Medical and sanitary report of the native army of Madras for the year
Year: 1878
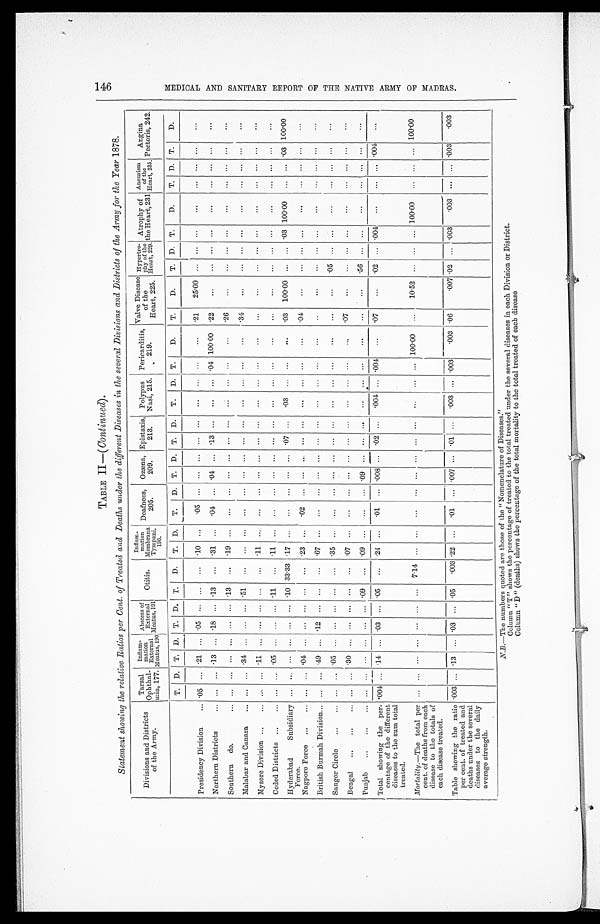
TABLE II —( Continued) .
Statement showing the relative Ratios per Cent. of Treated and Deaths under the different Diseases in the several Divisions and Districts of the Army for the Year 1878.
Divisions and Districts
of the Army.
Tarsal
Ophthal-
mia, 177.
I n f l a m - m a t i o n
External
Meatus, 190
Abscess of
E x t e r n a l
M e a t u s , 1 9 1
Otitis.
Inflam-
Mation
Membrana
Tympani,
196.
Deafness,
205.
Ozæna,
209.
Epistaxis,
213.
Polypus
Nasi, 215.
Pericarditis,
219.
Valve Disease
of the
Heart, 225.
Hypertro-
phy of the
Heart, 229.
Atrophy of
the Heart, 231
Aneurism
of the
Heart, 235.
A n g i n a
Pectoris, 242.
Presidency Division . . .
T.
D.
T.
D.
T.
D.
T.
D.
T.
D.
T.
D.
T.
D.
T.
D.
T.
D.
T.
D
T.
D.
T.
D.
T.
D.
T.
D.
T.
D.
.05
. . . .21
. . .
.05
. . .
. . .
. . .
.10
. . .
.05
. . .
. . .
. . .
. . .
. . .
. . .
. . .
. . .
. . .
.21
25.00 . . .
. . .
. . .
. . .
. . .
. . .
. . .
. . .
Northern Districts . . .
. . .
. . . .13
. . . .18
. . .
.13
. . .
.31
. . .
.04
. . . .04
. . . .13
. . .
. . .
. . .
.04 100.00
.22
. . .
. . .
. . .
. . .
. . .
. . .
. . .
. . .
. . .
Southern do. . . .
. . .
. . .
. . .
. . .
. . .
. . .
. 1 3
. . . .19
. . .
. . .
. . .
. . .
. . . . . .
. . .
. . .
. . .. . .
. . .
. 2 6
. . .
. . .
. . .
. . .
. . .
. . .
. . .
. . .
. . .
Malabar and Canara . . .
. . .
. . .
.34
. . .
. . .
. . .
.51
. . .
. . .
. . .
. . .
. . .
. . .
. . .
. . .
. . .
. . .
. . .. . .
. . . .34
. . .
. . .
. . .
. . .
. . .
. . .
. . .
. . .
. . .
Mysore Division . . .
. . .
. . . .11
. . .
. . .
. . .
. . .
. . .
.11
. . .
. . .
. . .
. . .
. . .
. . .
. . .
. . .
. . .
. . .
. . .
. . .
. . .
. . .
. . .
. . .
. . .
. . .
. . .
. . .
. . .
Ceded Districts . . .
. . .
. . . .05
. . .
. . .
. . . .11
. . .
.11
. . .
. . .
. . .
. . .
. . .
. . .
. . .
. . .
. . .
. . .
. . .
. . .
. . .
. . .
. . .
. . .
. . .
. . .
. . .
. . .
. . .
Hyderabad Subsidiary
Force.
. . .
. . .
. . .
. . .
. . .
. . . .10 33.33 .17
. . .
. . .
. . .
. . .
. . .
.07
. . .
.03
. . .
. . .
. . .
.03
100.00 . . .
. . .
.03 100.00
. . .
. . . .03 100.00
Nagpore Force . . .
. . .
. . .
.04
. . .
. . .
. . .
. . .
. . . .23
. . .
.02
. . .
. . .
. . . . . .
. . .
. . .
. . .
. . .
. . .
.04
. . .
. . .
. . .
. . .
. . .
. . .
. . .
. . .
. . .
British Burmah Division . . .
. . .
. . . .49
. . . .12
. . .
. . .
. . .
.67
. . .
. . .
. . .
. . . . . .
. . .
. . .
. . .
. . .
. . .
. . .
. . .
. . .
. . .
. . .
. . .
. . .
. . .
. . .
. . .
. . .
S a u g o r C i r c l e . . .
. . .
. . . 05
. . .
. . .
. . .
. . .
. . .
.35
. . .
. . .
. . . . . .
. . .
. . .
. . .
. . .
. . .. . .
. . .
. . .
. . . .05
. . .
. . .
. . .
. . .
. . .
. . .
. . .
Bengal . . .
. . .
. . . .30
. . .
. . .
. . .
. . .
. . .
.07
. . .
. . .
. . .
. . .
. . .
. . .
. . .
. . .
. . . . . .
. . . .07
. . .
. . .
. . .. . .
. . .
. . .
. . .
. . .
. . .
Punjab . . .
. . .
. . .
. . .
. . .
. . .
. . .
.09
. . .
.09
. . .
. . .
. . .
.09
. . .
. . .
. . .
. . .
. . . . . .
. . .
. . .
. . .
. 5 6
. . .. . .
. . .
. . .
. . . . . .
. . .
Total showing the per-
centage of the different
diseases to the sum total
treated.
.004
. . .
.14
. . . .03
. . . .05
. . .
.24
. . .
.01
. . . .008
. . .
.02
. . .
.004
. . .
.004
. . .
.07
. . . .02
. . .
.004
. . .
. . .
. . .
.004
. . .
Mortality.—The total per
cent. of deaths from each
disease to the totals of
each disease treated.
. . .
. . .
. . .
. . .
. . .
. . .
. . .
7.14
. . .
. . .
. . .
. . .
. . .
. . .
. . .
. . .
. . .
. . .
. . . 100.00
. . .
10.52
. . .
. . .
. . . 100.00
. . .
. . .
. . . 100.00
Table showing the ratio
per cent. of treated and
deaths under the several
diseases to the daily
average strength.
.003 . . . .13
. . . .03
. . .
.05
.003 .22
. . .
.01
. . .
.007
. . .
.01
. . .
. 0 0 3
. . .
.003
.003 .06
.007 .02
. . .
.003
.003
. . .
. . .
.003
.003
N
.
B
. — T h e n u m b e r s q u o t e d a r e t h o s e o f t h e " N o m e n c l a t u r e o f D i s e a s e s . "
Column "T" shows the percentage of treated to the total treated under the several diseases in each Division or District.
Column "D" (deaths) shows the percentage of the total mortality to the total treated of each disease
146
M E D I C A L A N D S A N I T A R Y R E P O R T O F T H E N A T I V E A R M Y O F M A D R A S .